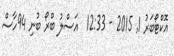
އޮކްޓޯބަރު 1